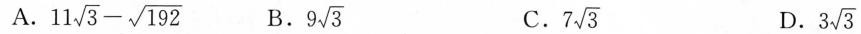
A. $$11 \sqrt{3}- \sqrt{192} $$ B. 9 \sqrt{3} C. 7 \sqrt{3} D. 3 \sqrt{3}